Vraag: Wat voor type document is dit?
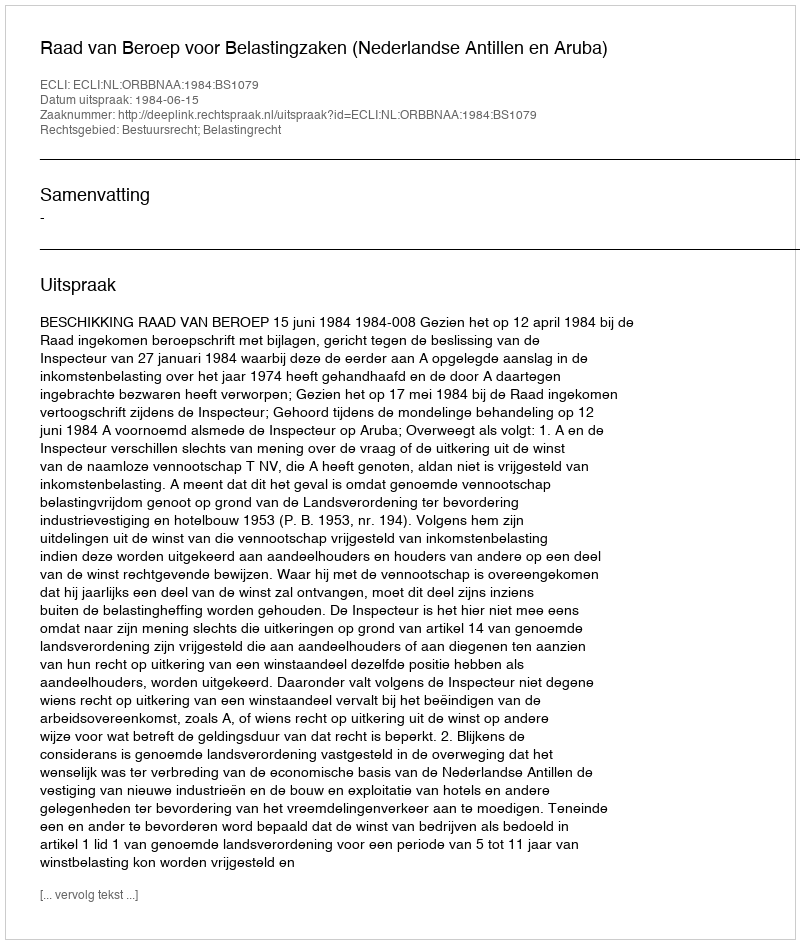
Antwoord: Uitspraak